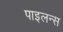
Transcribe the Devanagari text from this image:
पाइलन्स